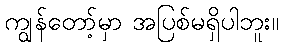
ကျွန်တော့်မှာ အပြစ်မရှိပါဘူး။